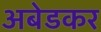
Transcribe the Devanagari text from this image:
अबेडकर